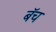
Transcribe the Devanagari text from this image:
बॅच